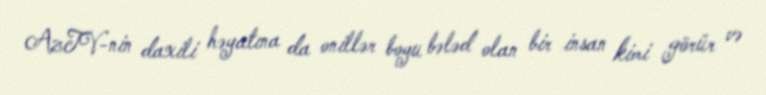
AzTV-nin daxili həyatına da onillər boyu bələd olan bir insan kimi görür və